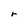
Character: r